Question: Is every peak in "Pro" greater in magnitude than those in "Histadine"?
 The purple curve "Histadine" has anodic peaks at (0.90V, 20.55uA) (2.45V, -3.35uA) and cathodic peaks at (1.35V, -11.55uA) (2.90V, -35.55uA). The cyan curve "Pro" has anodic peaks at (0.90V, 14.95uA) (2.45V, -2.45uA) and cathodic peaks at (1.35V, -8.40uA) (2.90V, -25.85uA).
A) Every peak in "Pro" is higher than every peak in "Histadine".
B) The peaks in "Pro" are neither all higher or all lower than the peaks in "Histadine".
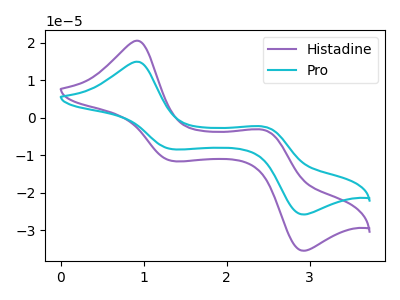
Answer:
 <answer>B) The peaks in "Pro" are neither all higher or all lower than the peaks in "Histadine".</answer>
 <eval>B</eval>